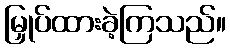
မြှုပ်ထားခဲ့ကြသည်။